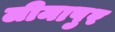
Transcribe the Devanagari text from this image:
लीमापुर